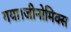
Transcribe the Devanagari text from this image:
गया।जीनोमिक्स